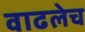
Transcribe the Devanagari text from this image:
वाढलेच